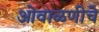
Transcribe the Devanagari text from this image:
ओवाळणीचे